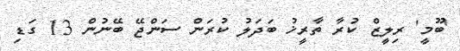
'ބޫމީ' ރިލީޒް ކުރާ ތާރީޚު ބަދަލު ކުރަން ސަންޖޭ ބޭނުން 13 ގަޑި